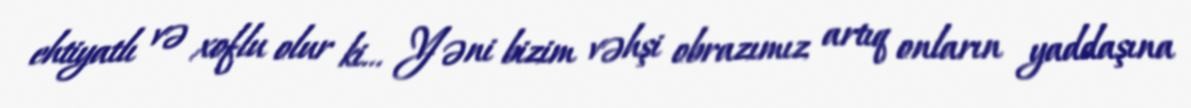
ehtiyatlı və xoflu olur ki... Yəni bizim vəhşi obrazımız artıq onların yaddaşına